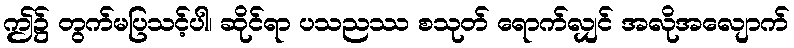
ဤ၌ တွက်မပြသင့်ပါ၊ ဆိုင်ရာ ပသညဿ စသုတ် ရောက်လျှင် အလိုအလျောက်